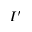
I ^ { \prime }